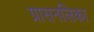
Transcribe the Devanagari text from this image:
ग्रासनलिका